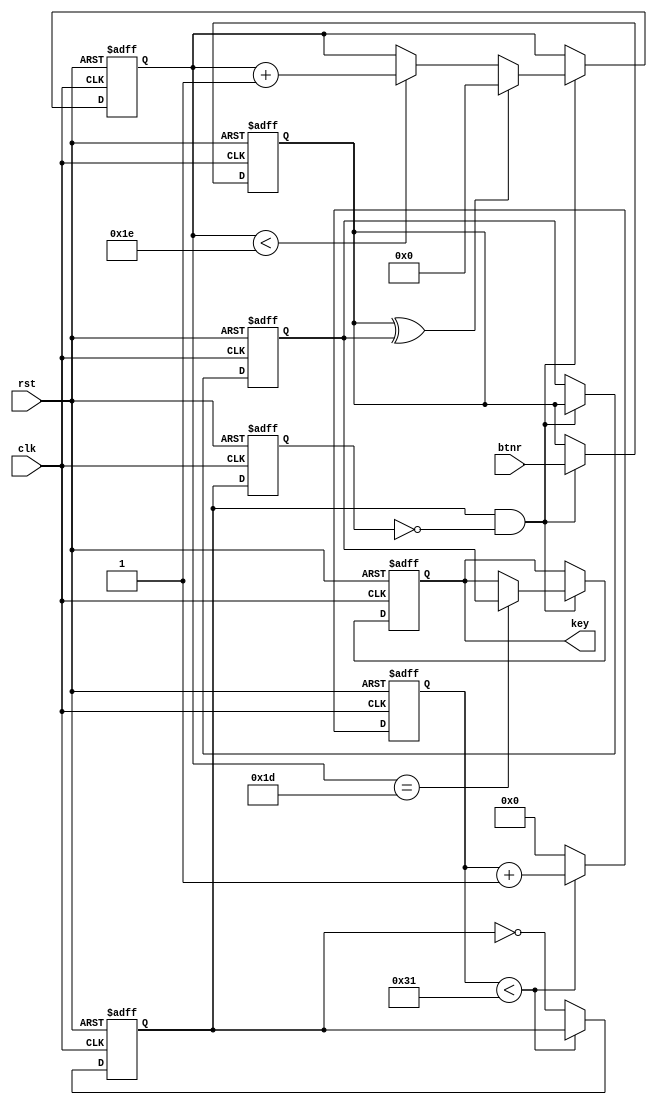
module debounce(
    input rst,clk,
    input btnr,
    output reg key
    );
    
reg [15:0] cnt; // 5 
reg pls_1k0,pls_1k1;

reg btn0,btn1;
reg [4:0] btn_cnt; // 31 

always@(negedge rst, posedge clk)
begin
    if (rst == 0)
        begin
            btn0 <= 0;  btn1 <= 0;  btn_cnt <= 0;   key <= 0;         
        end
    else if (pls_1k0 & ~pls_1k1)
        begin
            btn0 <= btnr;   btn1 <= btn0;
            if (btn0 ^ btn1)
                btn_cnt <= 0;
            else if (btn_cnt < 30)
                btn_cnt <= btn_cnt + 1;
            //
            if (btn_cnt == 29)
                key <= btn1;
        end
end

always@(negedge rst, posedge clk)
begin
    if (rst == 0)
        begin
            cnt <= 0;   pls_1k0 <= 0; pls_1k1 <= 0;
        end
    else 
        begin
            pls_1k1 <= pls_1k0;
       //     if (cnt < 49999)  // for Board Implementation
            if (cnt < 49)   // for Simulation Only
                cnt <= cnt + 1;
            else
                begin
                    cnt <= 0;
                    pls_1k0 <= ~pls_1k0;    
                end   
        end         
end    

endmodule